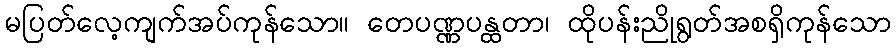
မပြတ်လေ့ကျက်အပ်ကုန်သော။ တေပဏ္ဏပန္ထတာ၊ ထိုပန်းညိုရွတ်အစရှိကုန်သော